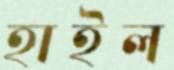
হাইল